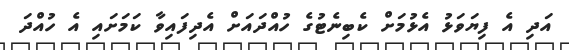
އަދި އެ ފިޔަވަޅު އެޅުމަށް ކެބިނެޓުގެ ހުއްދައަށް އެދިފައިވާ ކަމަށައި އެ ހުއްދަ